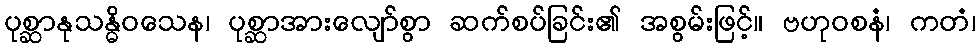
ပုစ္ဆာနုသန္ဓိဝသေန၊ ပုစ္ဆာအားလျော်စွာ ဆက်စပ်ခြင်း၏ အစွမ်းဖြင့်။ ဗဟုဝစနံ၊ ကတံ၊